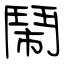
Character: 鬧